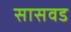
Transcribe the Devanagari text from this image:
सासवड